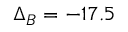
\Delta _ { B } = - 1 7 . 5